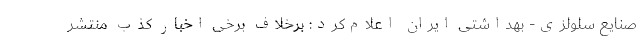
صنایع سلولزی- بهداشتی ایران اعلام‌کرد: برخلاف برخی اخبار کذب منتشر